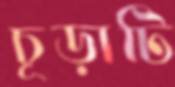
চূড়াটি